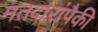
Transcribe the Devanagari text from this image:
मतदारांपैकी